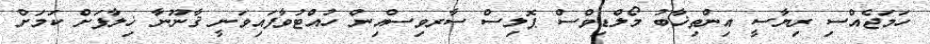
ހަމަޖެއްސި ރިޔާސީ އިންތިޚާބު މޯލްޑިވްސް ޕޮލިސް ސާރވިސްއިން ހުއްޓުވާފައިވަނީ ޤާނޫނާ ޚިލާފަށް ކަމަށް